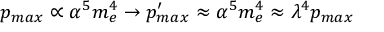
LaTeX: p _ { m a x } \propto \alpha ^ { 5 } m _ { e } ^ { 4 } \rightarrow p _ { m a x } ^ { \prime } \approx \alpha ^ { 5 } m _ { e } ^ { 4 } \approx \lambda ^ { 4 } p _ { m a x }